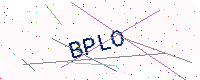
Text: BPLO